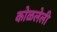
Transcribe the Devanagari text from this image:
कोळलेली